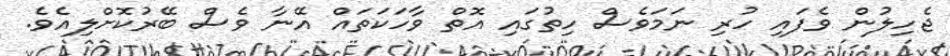
ޖެހިލުން ވެފައި ހުރި ނަމަވެސް ހިތުގައި އޮތް ވާހަކަތައް އޭނާ ވެސް ބޭރުކޮށްލިއެވެ.